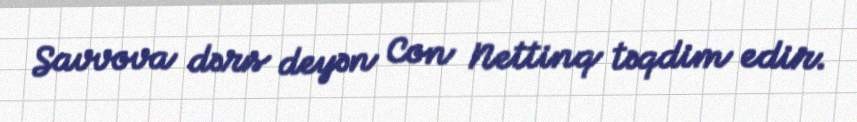
Savvova dərs deyən Con Nettinq təqdim edir.